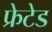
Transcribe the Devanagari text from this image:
फ्रेटेड